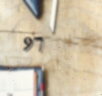
97